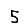
Digit: 5